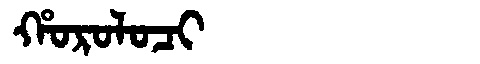
Manchu: ᡥᠣᡵᠣᠯᠣᠴᡳ
Romanization: HOROLOCI